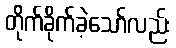
တိုက်ခိုက်ခဲ့သော်လည်း